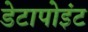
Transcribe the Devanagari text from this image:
डेटापोइंट